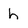
Character: h